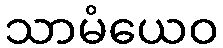
သာမံယေဝ